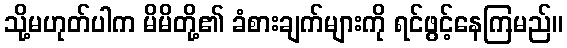
သို့မဟုတ်ပါက မိမိတို့၏ ခံစားချက်များကို ရင်ဖွင့်နေကြမည်။